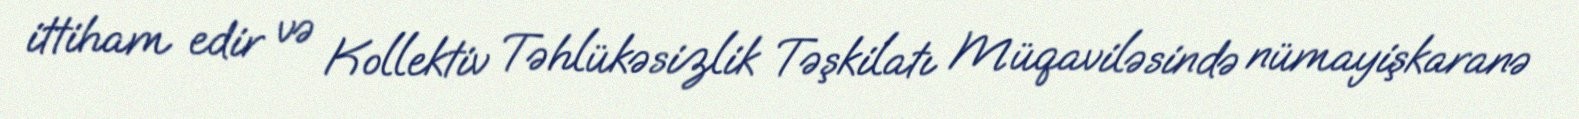
ittiham edir və Kollektiv Təhlükəsizlik Təşkilatı Müqaviləsində nümayişkaranə